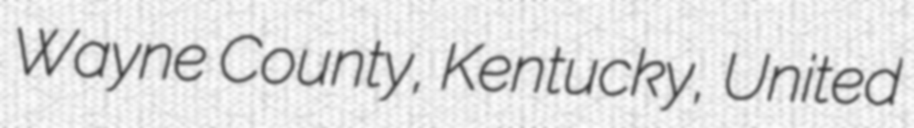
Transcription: Wayne County, Kentucky, United